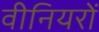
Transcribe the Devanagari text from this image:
वीनियरों